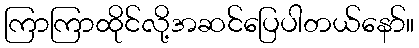
ကြာကြာထိုင်လို့အဆင်ပြေပါတယ်နော်။